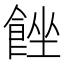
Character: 𩛠